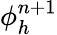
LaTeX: \phi_{h}^{n+1}